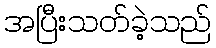
အပြီးသတ်ခဲ့သည်